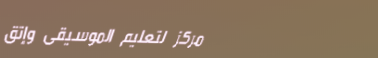
مركز لتعليم الموسيقى وإتق